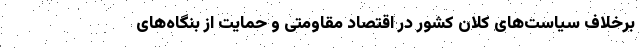
برخلاف سیاست‌های کلان کشور در اقتصاد مقاومتی و حمایت از بنگاه‌های